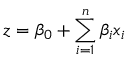
z = \beta _ { 0 } + \sum _ { i = 1 } ^ { n } \beta _ { i } x _ { i }